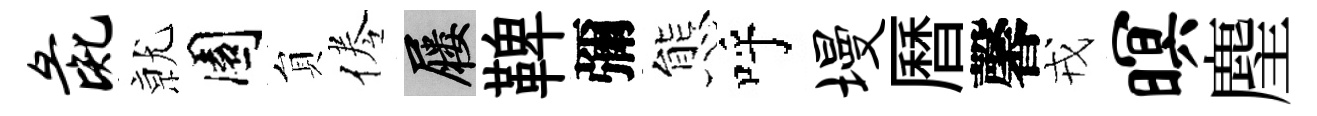
彘𭕒園貟倦屨鞞彌態呼墁曆馨戎暝麈